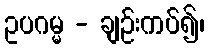
ဥပဂမ္မ - ချဉ်းကပ်၍၊